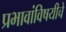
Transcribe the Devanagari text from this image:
प्रभावांविषयीचे